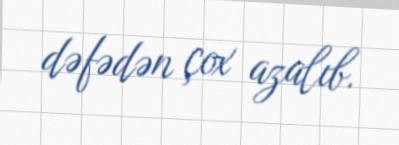
dəfədən çox azalıb.